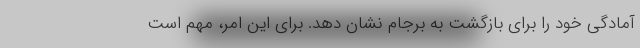
آمادگی خود را برای بازگشت به برجام نشان دهد. برای این امر، مهم است